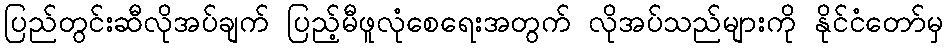
ပြည်တွင်းဆီလိုအပ်ချက် ပြည့်မီဖူလုံစေရေးအတွက် လိုအပ်သည်များကို နိုင်ငံတော်မှ